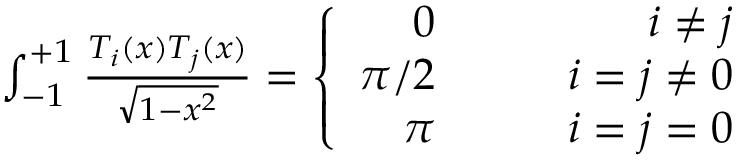
\begin{array} { r } { \int _ { - 1 } ^ { + 1 } { \frac { T _ { i } ( x ) T _ { j } ( x ) } { \sqrt { 1 - x ^ { 2 } } } } = \left\{ \begin{array} { r l r l } { 0 } & { { } \quad } & { i \neq j } & { { } } \\ { \pi / 2 } & { { } \quad } & { i = j \neq 0 } & { { } } \\ { \pi } & { { } \quad } & { i = j = 0 } & { { } } \end{array} \right. } \end{array}